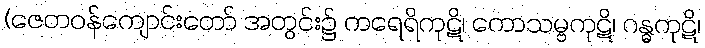
(ဇေတဝန်ကျောင်းတော် အတွင်း၌ ကရေရိကုဋိ၊ ကောသမ္ဗကုဋိ၊ ဂန္ဓကုဋိ၊